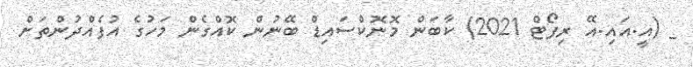
_ (އީ.އައި.އޭ ރިފޯޓް 2021) ކާބަން މޮނޮކްސައިޑް ބޭނުން ކޮއްގެން މަހުގެ އުފެއްދުންތަށް